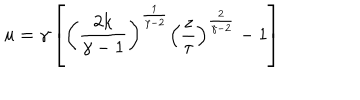
u = \gamma \left[ \left( { \frac { 2 k } { \gamma - 1 } } \right) ^ { \frac { 1 } { \gamma - 2 } } \left( { \frac { z } { \tau } } \right) ^ { \frac { 2 } { \gamma - 2 } } - 1 \right]